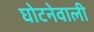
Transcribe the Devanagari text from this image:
घोटनेवाली